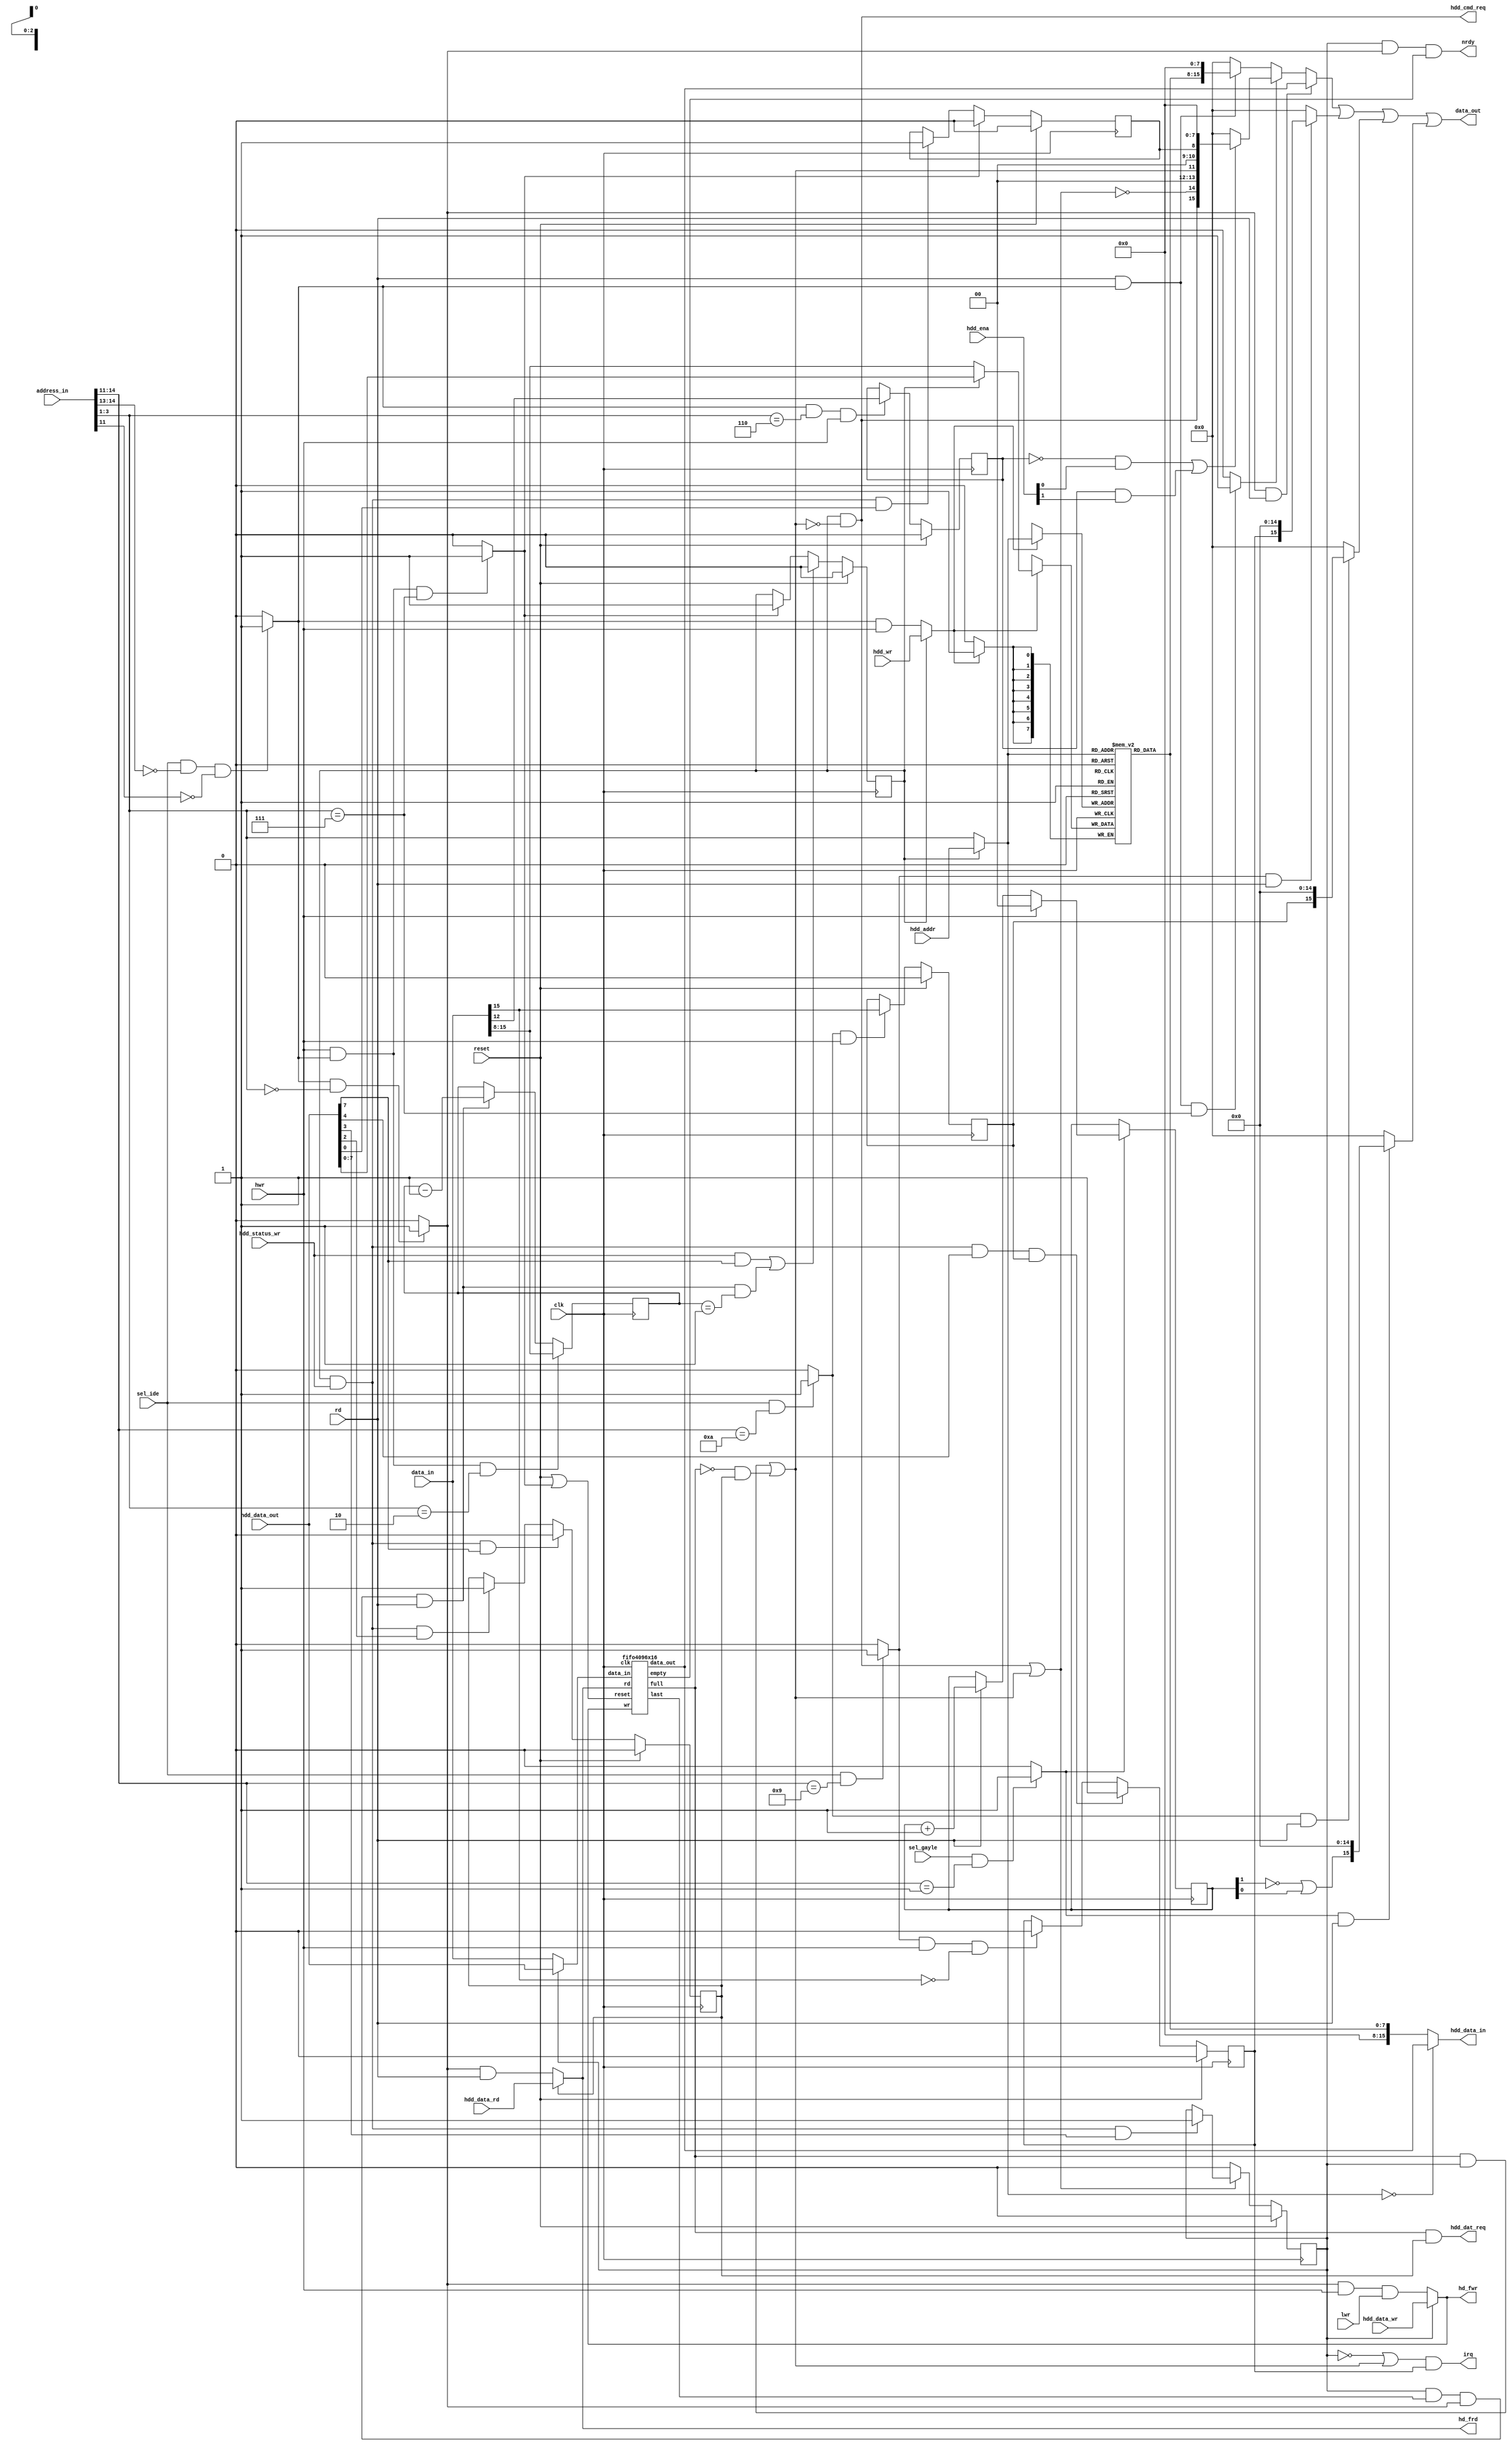
// Copyright 2008, 2009 by Jakub Bednarski
//
// This file is part of Minimig
//
// Minimig is free software; you can redistribute it and/or modify
// it under the terms of the GNU General Public License as published by
// the Free Software Foundation; either version 3 of the License, or
// (at your option) any later version.
//
// Minimig is distributed in the hope that it will be useful,
// but WITHOUT ANY WARRANTY; without even the implied warranty of
// MERCHANTABILITY or FITNESS FOR A PARTICULAR PURPOSE.  See the
// GNU General Public License for more details.
//
// You should have received a copy of the GNU General Public License
// along with this program.  If not, see <http://www.gnu.org/licenses/>.
//
//
//
// -- JB --
//
// 2008-10-06	- initial version
// 2008-10-08	- interrupt controller implemented, kickstart boots
// 2008-10-09	- working identify device command implemented (hdtoolbox detects our drive)
//				- read command reads data from hardfile (fixed size and name, only one sector read size supported, workbench sees hardfile partition)
// 2008-10-10	- multiple sector transfer supported: works ok, sequential transfers with direct spi read and 28MHz CPU from 400 to 520 KB/s
//				- arm firmare seekfile function very slow: seeking from start to 20MB takes 144 ms (some software improvements required)
// 2008-10-30	- write support added
// 2008-12-31	- added hdd enable
// 2009-05-24	- clean-up & renaming
// 2009-08-11	- hdd_ena enables Master & Slave drives
// 2009-11-18	- changed sector buffer size
// 2010-04-13	- changed sector buffer size
// 2010-08-10	- improved BSY signal handling

module gayle
(
	input	clk,
	input	reset,
	input	[23:1] address_in,
	input	[15:0] data_in,
	output	[15:0] data_out,
	input	rd,
	input	hwr,
	input	lwr,
	input	sel_ide,			// $DAxxxx
	input	sel_gayle,			// $DExxxx
	output	irq,
	output	nrdy,				// fifo is not ready for reading 
	input	[1:0] hdd_ena,		// enables Master & Slave drives

	output	hdd_cmd_req,
	output	hdd_dat_req,
	input	[2:0] hdd_addr,
	input	[15:0] hdd_data_out,
	output	[15:0] hdd_data_in,
	input	hdd_wr,
	input	hdd_status_wr,
	input	hdd_data_wr,
	input	hdd_data_rd,
  output hd_fwr,
  output hd_frd
);

localparam VCC = 1'b1;
localparam GND = 1'b0;

//0xda2000 Data
//0xda2004 Error | Feature
//0xda2008 SectorCount
//0xda200c SectorNumber
//0xda2010 CylinderLow
//0xda2014 CylinderHigh
//0xda2018 Device/Head
//0xda201c Status | Command
//0xda3018 Control

/*
memory map:

$DA0000 - $DA0FFFF : CS1 16-bit speed
$DA1000 - $DA1FFFF : CS2 16-bit speed
$DA2000 - $DA2FFFF : CS1 8-bit speed
$DA3000 - $DA3FFFF : CS2 8-bit speed
$DA4000 - $DA7FFFF : reserved
$DA8000 - $DA8FFFF : IDE INTREQ state status register (not implemented as scsi.device doesn't use it)
$DA9000 - $DA9FFFF : IDE INTREQ change status register (writing zeros resets selected bits, writing ones doesn't change anything) 
$DAA000 - $DAAFFFF : IDE INTENA register (r/w, only MSB matters)
 

command class:
PI (PIO In)
PO (PIO Out)
ND (No Data)

Status:
#6 - DRDY	- Drive Ready
#7 - BSY	- Busy
#3 - DRQ	- Data Request
#0 - ERR	- Error
INTRQ	- Interrupt Request

*/
 

// address decoding signals
wire 	sel_gayleid;	// Gayle ID register select
wire 	sel_tfr;		// HDD task file registers select
wire 	sel_fifo;		// HDD data port select (FIFO buffer)
wire 	sel_status;		// HDD status register select
wire 	sel_command;	// HDD command register select
wire 	sel_intreq;		// Gayle interrupt request status register select
wire 	sel_intena;		// Gayle interrupt enable register select

// internal registers
reg		intena;			// Gayle IDE interrupt enable bit
reg		intreq;			// Gayle IDE interrupt request bit
reg		busy;			// busy status (command processing state)
reg		pio_in;			// pio in command type is being processed
reg		pio_out;		// pio out command type is being processed
reg		error;			// error status (command processing failed)

reg		dev;			// drive select (Master/Slave)
wire 	bsy;			// busy
wire 	drdy;			// drive ready
wire 	drq;			// data request
wire 	err;			// error
wire 	[7:0] status;	// HDD status

// FIFO control
wire	fifo_reset;
wire	[15:0] fifo_data_in;
wire	[15:0] fifo_data_out;
wire 	fifo_rd;
wire 	fifo_wr;
wire 	fifo_full;
wire 	fifo_empty;
wire	fifo_last;			// last word of a sector is being read

// gayle id reg
reg		[1:0] gayleid_cnt;	// sequence counter
wire	gayleid;			// output data (one bit wide)

// hd leds
assign hd_fwr = fifo_wr;
assign hd_frd = fifo_rd;

// HDD status register
assign status = {bsy,drdy,2'b00,drq,2'b00,err};

// HDD status register bits
assign bsy = busy & ~drq;
assign drdy = ~(bsy|drq);
assign err = error;

// address decoding
assign sel_gayleid = sel_gayle && address_in[15:12]==4'b0001 ? VCC : GND;	//$DE1xxx
assign sel_tfr = sel_ide && address_in[15:14]==2'b00 && !address_in[12] ? VCC : GND;
assign sel_status = rd && sel_tfr && address_in[4:2]==3'b111 ? VCC : GND;
assign sel_command = hwr && sel_tfr && address_in[4:2]==3'b111 ? VCC : GND;
assign sel_fifo = sel_tfr && address_in[4:2]==3'b000 ? VCC : GND;
assign sel_intreq = sel_ide && address_in[15:12]==4'b1001 ? VCC : GND;	//INTREQ
assign sel_intena = sel_ide && address_in[15:12]==4'b1010 ? VCC : GND;	//INTENA

//===============================================================================================//

// task file registers
reg		[7:0] tfr [7:0];
wire	[2:0] tfr_sel;
wire	[7:0] tfr_in;
wire	[7:0] tfr_out;
wire	tfr_we;

reg		[7:0] sector_count;	// sector counter
wire	sector_count_dec;	// decrease sector counter

always @(posedge clk)
	if (hwr && sel_tfr && address_in[4:2] == 3'b010) // sector count register loaded by the host
		sector_count <= data_in[15:8];
	else if (sector_count_dec)
		sector_count <= sector_count - 8'd1;

assign sector_count_dec = pio_in & fifo_last & sel_fifo & rd;
		
// task file register control
assign tfr_we = busy ? hdd_wr : sel_tfr & hwr;
assign tfr_sel = busy ? hdd_addr : address_in[4:2];
assign tfr_in = busy ? hdd_data_out[7:0] : data_in[15:8];

// input multiplexer for SPI host
assign hdd_data_in = tfr_sel==0 ? fifo_data_out : {8'h00,tfr_out};

// task file registers
always @(posedge clk)
	if (tfr_we)
		tfr[tfr_sel] <= tfr_in;
		
assign tfr_out = tfr[tfr_sel];

// master/slave drive select
always @(posedge clk)
	if (reset)
		dev <= 0;
	else if (sel_tfr && address_in[4:2]==6 && hwr)
		dev <= data_in[12];
		
// IDE interrupt enable register
always @(posedge clk)
	if (reset)
		intena <= GND;
	else if (sel_intena && hwr)
		intena <= data_in[15];
			
// gayle id register: reads 1->1->0->1 on MSB
always @(posedge clk)
	if (sel_gayleid)
		if (hwr) // a write resets sequence counter
			gayleid_cnt <= 2'd0;
		else if (rd)
			gayleid_cnt <= gayleid_cnt + 2'd1;

assign gayleid = ~gayleid_cnt[1] | gayleid_cnt[0]; // Gayle ID output data

// status register (write only from SPI host)
// 7 - busy status (write zero to finish command processing: allow host access to task file registers)
// 6
// 5
// 4 - intreq
// 3 - drq enable for pio in (PI) command type
// 2 - drq enable for pio out (PO) command type
// 1
// 0 - error flag (remember about setting error task file register)

// command busy status
always @(posedge clk)
	if (reset)
		busy <= GND;
	else if (hdd_status_wr && hdd_data_out[7] || sector_count_dec && sector_count == 8'h01)	// reset by SPI host (by clearing BSY status bit)
		busy <= GND;
	else if (sel_command)	// set when the CPU writes command register
		busy <= VCC;

// IDE interrupt request register
always @(posedge clk)
	if (reset)
		intreq <= GND;
	else if (busy && hdd_status_wr && hdd_data_out[4] && intena) // set by SPI host
		intreq <= VCC;
	else if (sel_intreq && hwr && !data_in[15]) // cleared by the CPU
		intreq <= GND;

assign irq = (~pio_in | drq) & intreq; // interrupt request line (INT2)

// pio in command type
always @(posedge clk)
	if (reset)
		pio_in <= GND;
	else if (drdy) // reset when processing of the current command ends
		pio_in <= GND;
	else if (busy && hdd_status_wr && hdd_data_out[3])	// set by SPI host 
		pio_in <= VCC;		

// pio out command type
always @(posedge clk)
	if (reset)
		pio_out <= GND;
	else if (busy && hdd_status_wr && hdd_data_out[7]) 	// reset by SPI host when command processing completes
		pio_out <= GND;
	else if (busy && hdd_status_wr && hdd_data_out[2])	// set by SPI host
		pio_out <= VCC;	
		
assign drq = (fifo_full & pio_in) | (~fifo_full & pio_out); // HDD data request status bit

// error status
always @(posedge clk)
	if (reset)
		error <= GND;
	else if (sel_command) // reset by the CPU when command register is written
		error <= GND;
	else if (busy && hdd_status_wr && hdd_data_out[0]) // set by SPI host
		error <= VCC;	
		
assign hdd_cmd_req = bsy; // bsy is set when command register is written, tells the SPI host about new command
assign hdd_dat_req = (fifo_full & pio_out); // the FIFO is full so SPI host may read it

// FIFO in/out multiplexer
assign fifo_reset = reset | sel_command;
assign fifo_data_in = pio_in ? hdd_data_out : data_in;
assign fifo_rd = pio_out ? hdd_data_rd : sel_fifo & rd;
assign fifo_wr = pio_in ? hdd_data_wr : sel_fifo & hwr & lwr;

//sector data buffer (FIFO)
fifo4096x16 SECBUF1
(
	.clk(clk),
	.reset(fifo_reset),
	.data_in(fifo_data_in),
	.data_out(fifo_data_out),
	.rd(fifo_rd),
	.wr(fifo_wr),
	.full(fifo_full),
	.empty(fifo_empty),
	.last(fifo_last)
);

// fifo is not ready for reading

assign nrdy = pio_in & sel_fifo & fifo_empty;

//data_out multiplexer
assign data_out = (sel_fifo && rd ? fifo_data_out : sel_status ? (!dev && hdd_ena[0]) || (dev && hdd_ena[1]) ? {status,8'h00} : 16'h00_00 : sel_tfr && rd ? {tfr_out,8'h00} : 16'h00_00)
			   | (sel_intreq && rd ? {intreq,15'b000_0000_0000_0000} : 16'h00_00)				
			   | (sel_intena && rd ? {intena,15'b000_0000_0000_0000} : 16'h00_00)				
			   | (sel_gayleid && rd ? {gayleid,15'b000_0000_0000_0000} : 16'h00_00);
 
//===============================================================================================//

//===============================================================================================//

endmodule

module fifo4096x16
(
	input 	clk,		    		// bus clock
	input 	reset,			   		// reset 
	input	[15:0] data_in,			// data in
	output	reg [15:0] data_out,	// data out
	input	rd,						// read from fifo
	input	wr,						// write to fifo
	output	full,					// fifo is full
	output	empty,					// fifo is empty
	output	last					// the last word of a sector is being read
);

// local signals and registers
reg 	[15:0] mem [4095:0];		// 16 bit wide fifo memory
reg		[12:0] inptr;				// fifo input pointer
reg		[12:0] outptr;				// fifo output pointer
wire	empty_rd;					// fifo empty flag (set immediately after reading the last word)
reg		empty_wr;					// fifo empty flag (set one clock after writting the empty fifo)

// main fifo memory (implemented using synchronous block ram)
always @(posedge clk)
	if (wr)
		mem[inptr[11:0]] <= data_in;
		
always @(posedge clk)
	data_out <= mem[outptr[11:0]];

// fifo write pointer control
always @(posedge clk)
	if (reset)
		inptr <= 12'd0;
	else if (wr)
		inptr <= inptr + 12'd1;

// fifo read pointer control
always @(posedge clk)
	if (reset)
		outptr <= 0;
	else if (rd)
		outptr <= outptr + 13'd1;

// the empty flag is set immediately after reading the last word from the fifo
assign empty_rd = inptr==outptr ? 1'b1 : 1'b0;

// after writting empty fifo the empty flag is delayed by one clock to handle ram write delay
always @(posedge clk)
	empty_wr <= empty_rd;

assign empty = empty_rd | empty_wr;

// at least 512 bytes are in FIFO 
// this signal is activated when 512th byte is written to the empty fifo
// then it's deactivated when 512th byte is read from the fifo (hysteresis)		
assign full = inptr[12:8]!=outptr[12:8] ? 1'b1 : 1'b0;	

assign last = outptr[7:0] == 8'hFF ? 1'b1 : 1'b0;	

endmodule